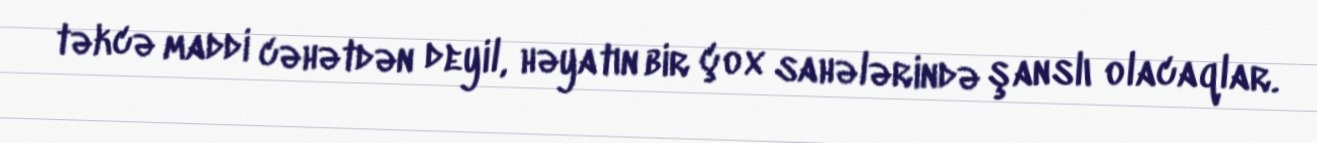
təkcə maddi cəhətdən deyil, həyatın bir çox sahələrində şanslı olacaqlar.